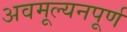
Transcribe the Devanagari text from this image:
अवमूल्यनपूर्ण